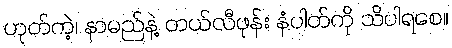
ဟုတ်ကဲ့၊ နာမည်နဲ့ တယ်လီဖုန်း နံပါတ်ကို သိပါရစေ။